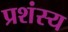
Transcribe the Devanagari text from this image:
प्रशंस्य